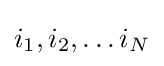
i_{1},i_{2},\ldots i_{N}